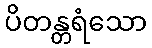
ပိတန္တရံသော